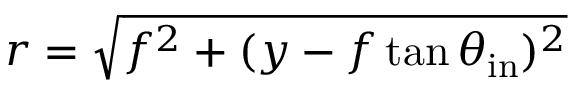
r = \sqrt { f ^ { 2 } + ( y - f \tan { \theta _ { \mathrm { i n } } } ) ^ { 2 } }